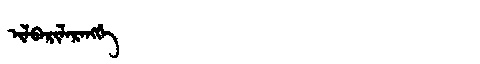
Manchu: ᡳᠯᠪᠠᡵᡳᠯᠠᡵᠠᠩᡤᡝ
Romanization: ILBARILARANGGE